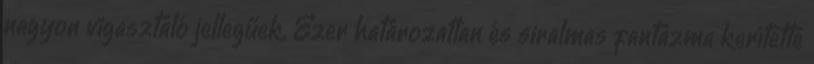
nagyon vigasztaló jellegűek. Ezer határozatlan és siralmas fantazma kerítette